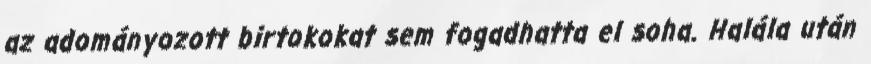
az adományozott birtokokat sem fogadhatta el soha. Halála után